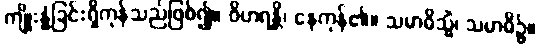
ကျိုးနွံခြင်းရှိကုန်သည်ဖြစ်၍။ ဝိဟရန္တိ၊ နေကုန်၏။ သမာဓိသ္မိံ၊ သမာဓိ၌။